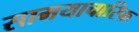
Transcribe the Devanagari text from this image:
सामयाचारिक